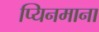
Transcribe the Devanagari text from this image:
प्यिनमाना